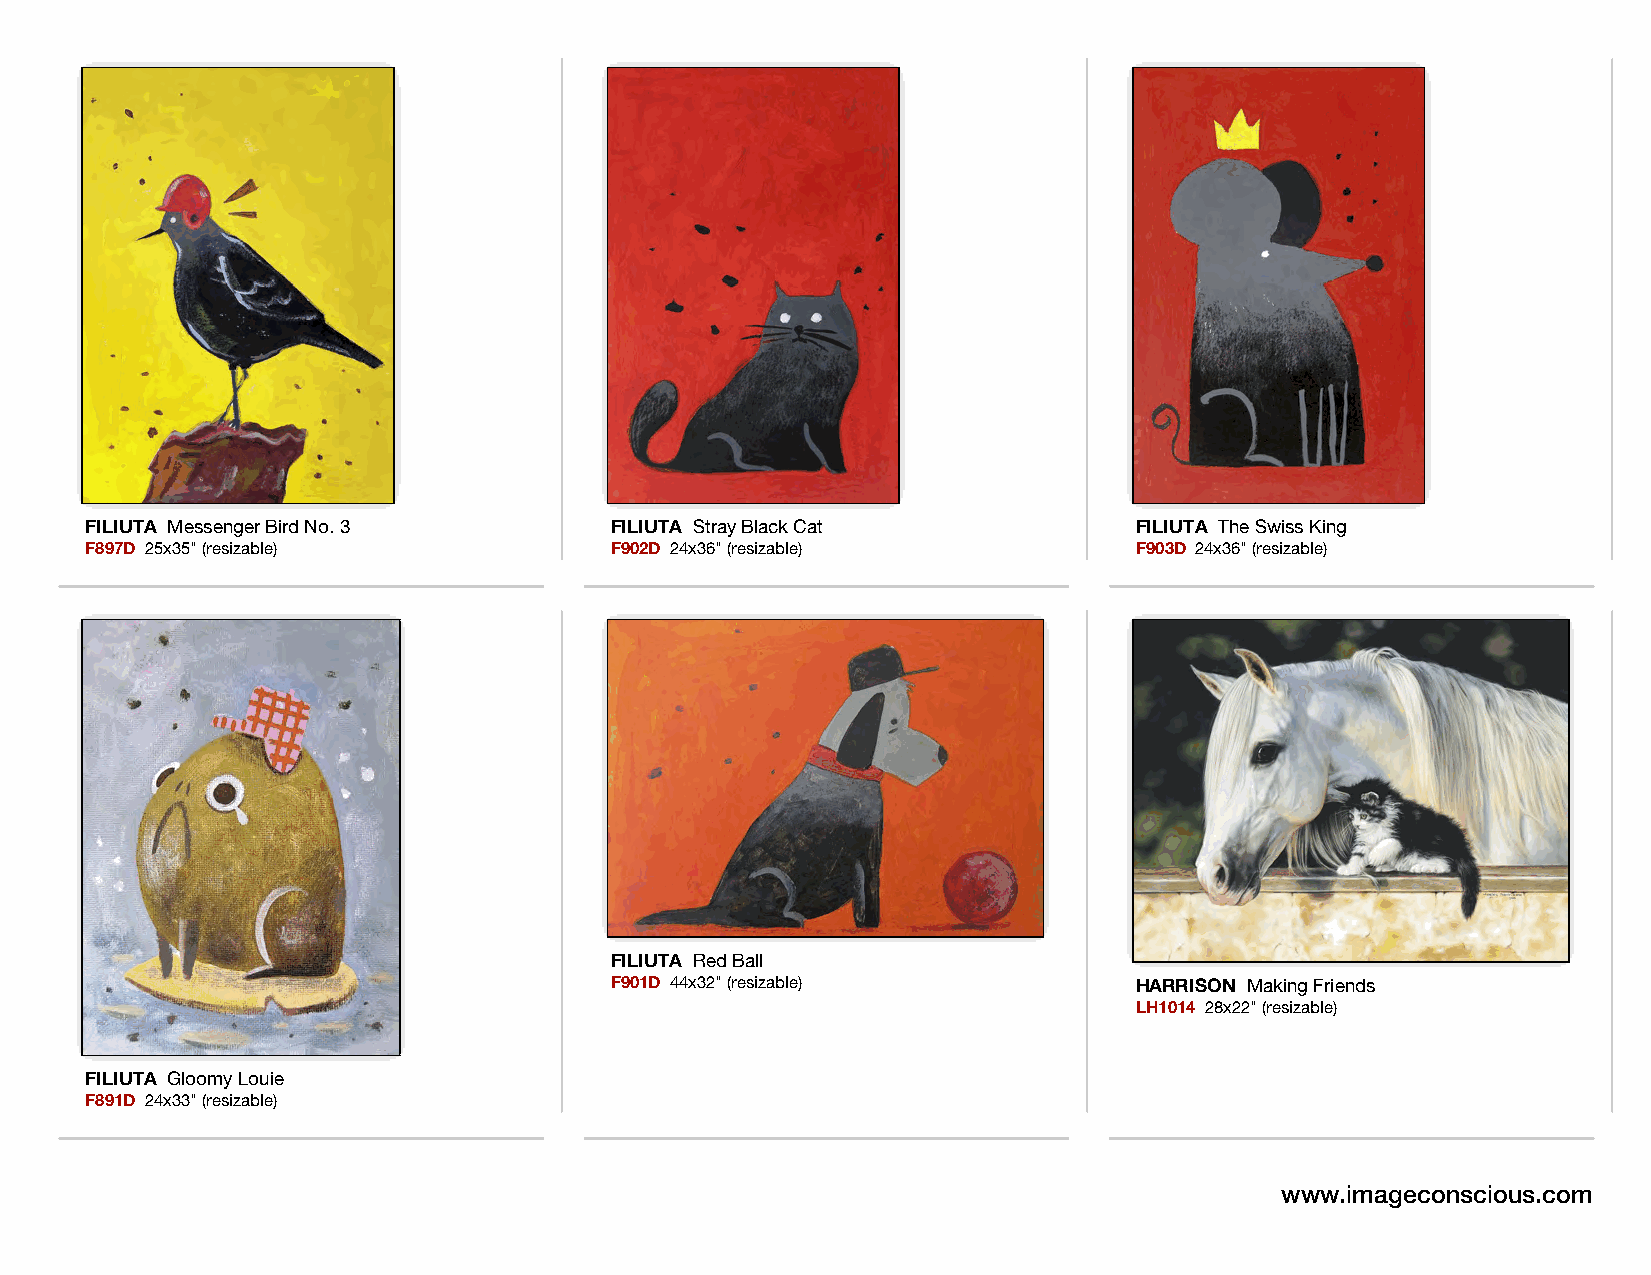
FILIUTA Messenger Bird No. 3      FILIUTA Stray Black Cat            FILIUTA The Swiss King
 F897D 25x35" (resizable)          F902D 24x36" (resizable)           F903D 24x36" (resizable)
 FILIUTA Red Ball
 F901D 44x32" (resizable)           HARRISON Making Friends
 LH1014 28x22" (resizable)
 FILIUTA Gloomy Louie
 F891D 24x33" (resizable)
 www.imageconscious.com